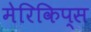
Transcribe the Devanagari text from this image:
मेरिकिप्स